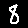
Digit: 8